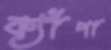
ক্যাঁপা